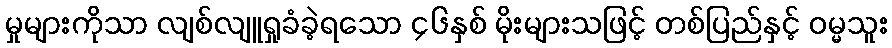
မှုများကိုသာ လျစ်လျူရှုခံခဲ့ရသော ၄၆နှစ် မိုးများသဖြင့် တစ်ပြည်နှင့် ဝမ္မသူး